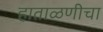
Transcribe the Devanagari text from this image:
हाताळणीचा